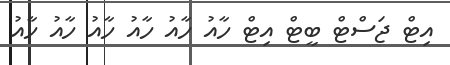
އިޓް ޖަސްޓް ބީޓް އިޓް ހާއު ހާއު ހާއު ހާއު ހާއު ހާއު